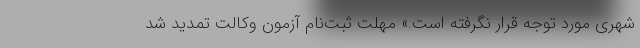
شهری مورد توجه قرار نگرفته است.» مهلت ثبت‌نام آزمون وکالت تمدید شد